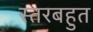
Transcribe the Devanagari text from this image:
स्तरबहुत